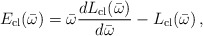
\begin{align*}E_{{\rm cl}}(\bar\omega) = \bar\omega \frac{d L_{{\rm cl}}(\bar\omega)}{d\bar\omega}- L_{{\rm cl}}(\bar\omega) \,,\end{align*}